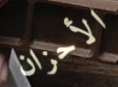
الأحزان